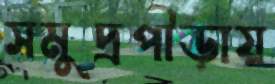
সমুদ্রপীড়ায়